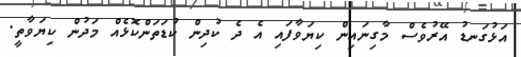
އަޅުގަނޑު އޭރުވެސް މާގިނައިން ކިޔަވާފައި އެ ދެ ކުދިން ކުޑަތަންކޮޅެއް މަދުން ކިޔަވާތީ.